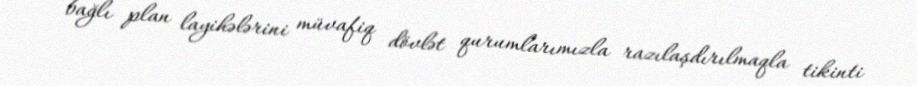
bağlı plan layihələrini müvafiq dövlət qurumlarımızla razılaşdırılmaqla tikinti